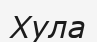
Хула